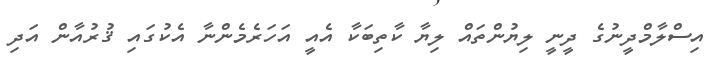
އިސްލާމްދީނުގެ ދީނީ ލިޔުންތައް ލިޔާ ކާތިބަކާ އެއީ އަހަރެމެންނާ އެކުގައި ޤުރުއާން އަދި